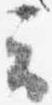
云